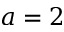
a = 2